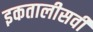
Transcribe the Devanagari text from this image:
इकतालीसवीं